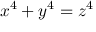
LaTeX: x ^ { 4 } + y ^ { 4 } = z ^ { 4 }